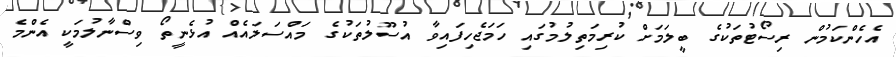
އެހެންކަމުން ރިސޯޓުތަކުގެ ބީލަމަށް ކުރިމަތިލުމުގައި ހަމަޖެހިފައިވާ އުސޫލުތަކުގެ މައްސަލައެއް އުޅެނީތޯ ވިސްނާލުމަކީ އެންމެ